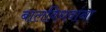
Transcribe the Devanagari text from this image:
बालविधवांना